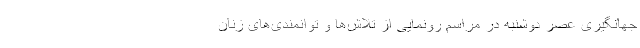
جهانگیری عصر دوشنبه در مراسم رونمایی از تلاش‌ها و توانمندی‌های زنان